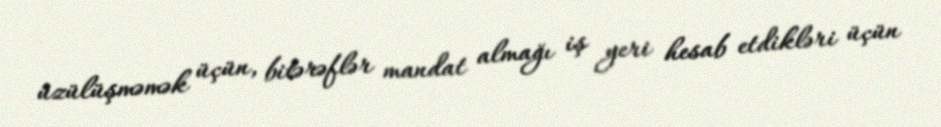
üzülüşməmək üçün, bitərəflər mandat almağı iş yeri hesab etdikləri üçün